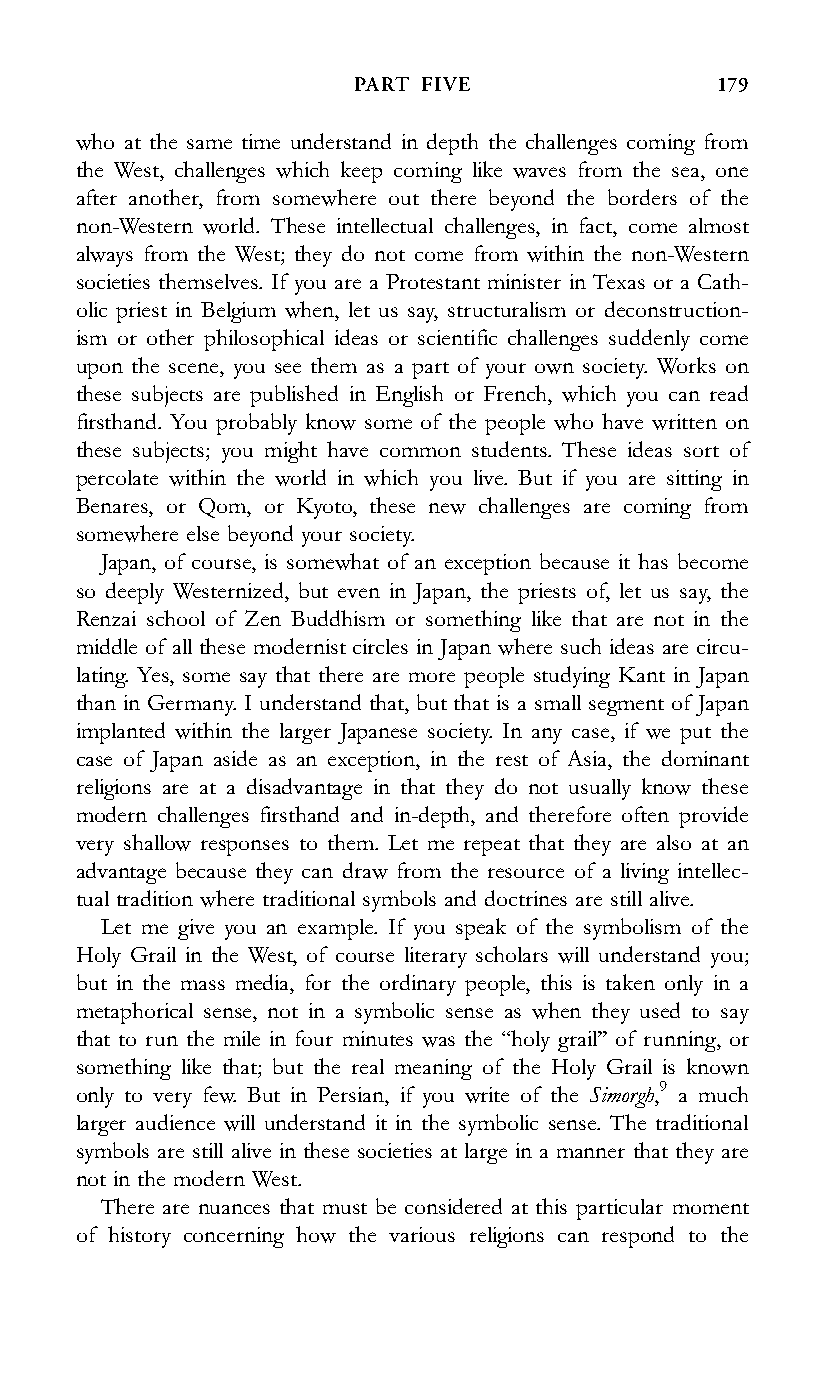
PART FIVE               179
 who at the same time understand in depth the challenges coming from
 the West, challenges which keep coming like waves from the sea, one
 after another, from somewhere out there beyond the borders of the
 non-Western world. These intellectual challenges, in fact, come almost
 always from the West; they do not come from within the non-Western
 societies themselves. If you are a Protestant minister in Texas or a Cath-
 olic priest in Belgium when, let us say, structuralism or deconstruction-
 ism or other philosophical ideas or scientific challenges suddenly come
 upon the scene, you see them as a part of your own society. Works on
 these subjects are published in English or French, which you can read
 firsthand. You probably know some of the people who have written on
 these subjects; you might have common students. These ideas sort of
 percolate within the world in which you live. But if you are sitting in
 Benares, or Qom, or Kyoto, these new challenges are coming from
 somewhere else beyond your society.
 Japan, of course, is somewhat of an exception because it has become
 so deeply Westernized, but even in Japan, the priests of, let us say, the
 Renzai school of Zen Buddhism or something like that are not in the
 middle of all these modernist circles in Japan where such ideas are circu-
 lating. Yes, some say that there are more people studying Kant in Japan
 than in Germany. I understand that, but that is a small segment of Japan
 implanted within the larger Japanese society. In any case, if we put the
 case of Japan aside as an exception, in the rest of Asia, the dominant
 religions are at a disadvantage in that they do not usually know these
 modern challenges firsthand and in-depth, and therefore often provide
 very shallow responses to them. Let me repeat that they are also at an
 advantage because they can draw from the resource of a living intellec-
 tual tradition where traditional symbols and doctrines are still alive.
 Let me give you an example. If you speak of the symbolism of the
 Holy Grail in the West, of course literary scholars will understand you;
 but in the mass media, for the ordinary people, this is taken only in a
 metaphorical sense, not in a symbolic sense as when they used to say
 that to run the mile in four minutes was the ‘‘holy grail’’ of running, or
 something like that; but the real meaning of the Holy Grail is known
 only to very few. But in Persian, if you write of the Simorgh,9 a much
 larger audience will understand it in the symbolic sense. The traditional
 symbols are still alive in these societies at large in a manner that they are
 not in the modern West.
 There are nuances that must be considered at this particular moment
 of history concerning how the various religions can respond to the